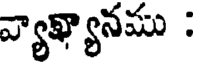
వ్యాఖ్యానము :